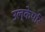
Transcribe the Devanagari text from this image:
उल्केपरि